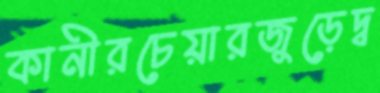
কানীরচেয়ারজুড়েদ্ব